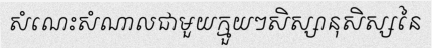
សំណេះសំណាលជាមួយក្មួយៗសិស្សានុសិស្សនៃ